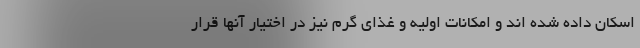
اسکان داده شده اند و امکانات اولیه و غذای گرم نیز در اختیار آنها قرار